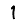
Digit: 1